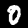
Digit: 0